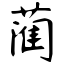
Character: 蔺